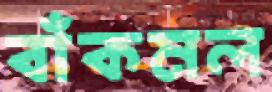
বাঁকমল